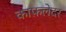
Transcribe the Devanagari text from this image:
काफ़लेदर